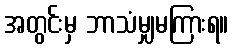
အတွင်းမှ ဘာသံမျှမကြားရ။